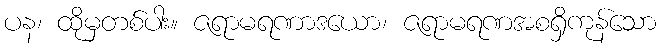
ပန၊ ထိုမှတစ်ပါး။ ဇရာမရဏာဒယော၊ ဇရာမရဏအစရှိကုန်သော